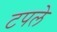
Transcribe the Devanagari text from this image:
टपले